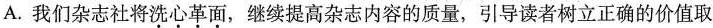
A.我们杂志社将洗心革面，继续提高杂志内容的质量，引导读者树立正确的价值取